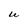
Character: U